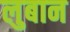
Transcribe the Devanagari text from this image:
लुबान